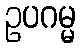
ဥပဂမ္မ